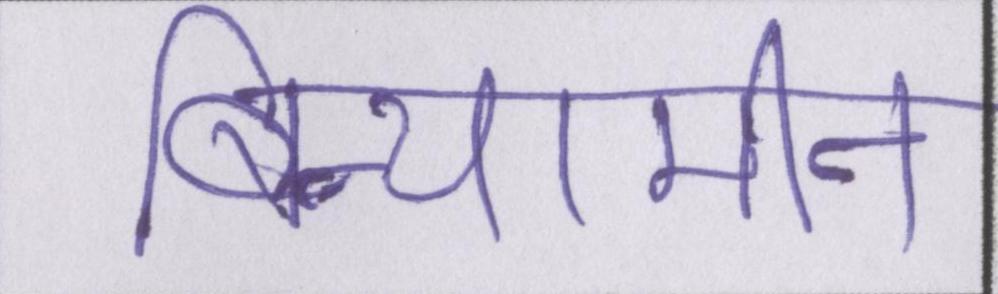
बिन्यामीन